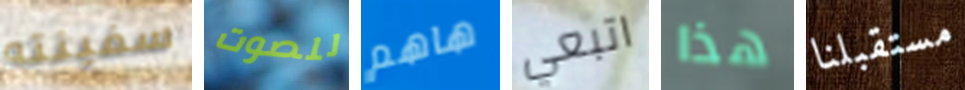
سفينته للصوت هاهم اتبعي هذا مستقبلنا